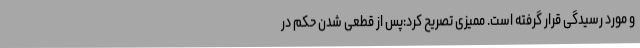
و مورد رسیدگی قرار گرفته است. ممیزی تصریح کرد:پس از قطعی شدن حکم در